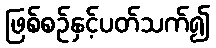
ဖြစ်စဉ်နှင့်ပတ်သက်၍